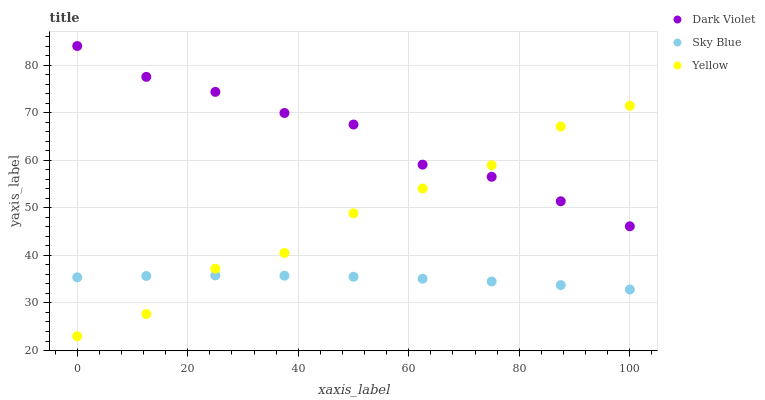
| xaxis_label | Dark Violet | Sky Blue | Yellow |
 | --- | --- | --- | --- |
 | 0 | 84 | 35.4 | 23 |
 | 12.5 | 77.5 | 35.7 | 27.7 |
 | 25 | 74.4 | 35.8 | 37.2 |
 | 37.5 | 69.9 | 35.7 | 40.5 |
 | 50 | 67.5 | 35.5 | 48.8 |
 | 62.5 | 59.1 | 35.1 | 54.1 |
 | 75 | 56.5 | 34.5 | 58.9 |
 | 87.5 | 51.4 | 33.8 | 67.1 |
 | 100 | 46.1 | 32.8 | 71.4 |